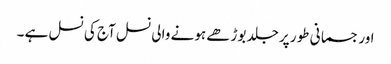
اور جسمانی طور پر جلد بوڑھے ہونے والی نسل آج کی نسل ہے ۔